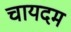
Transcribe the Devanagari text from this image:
चायदम